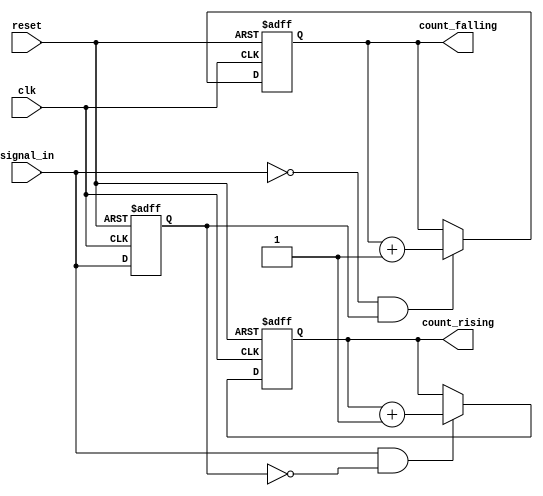
module edge_counter (
    input wire clk,                // Clock input
    input wire reset,              // Asynchronous reset
    input wire signal_in,          // Input signal
    
    output reg [31:0] count_rising,  // Count of rising edges
    output reg [31:0] count_falling  // Count of falling edges
);

    reg signal_in_prev; // Register to hold the previous state of signal_in

    // Sequential logic for edge detection and counting
    always @(posedge clk or posedge reset) begin
        if (reset) begin
            // Reset counts and previous signal state
            count_rising <= 32'b0;
            count_falling <= 32'b0;
            signal_in_prev <= 1'b0;
        end else begin
            // Detect rising edge
            if (signal_in && !signal_in_prev) begin
                count_rising <= count_rising + 1;
            end
            
            // Detect falling edge
            if (!signal_in && signal_in_prev) begin
                count_falling <= count_falling + 1;
            end
            
            // Update the previous state of signal_in
            signal_in_prev <= signal_in;
        end
    end

endmodule